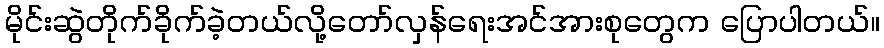
မိုင်းဆွဲတိုက်ခိုက်ခဲ့တယ်လို့တော်လှန်ရေးအင်အားစုတွေက ပြောပါတယ်။